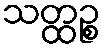
သတ္ထဉ္စ